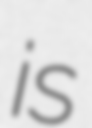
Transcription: is